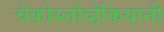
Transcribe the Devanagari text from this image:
चेकोस्लोव्हेकियानी